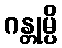
ဂန္တုမ္ပိ